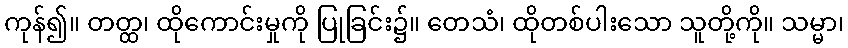
ကုန်၍။ တတ္ထ၊ ထိုကောင်းမှုကို ပြုခြင်း၌။ တေသံ၊ ထိုတစ်ပါးသော သူတို့ကို။ သမ္မာ၊